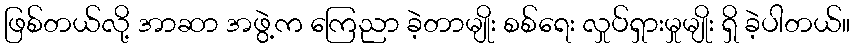
ဖြစ်တယ်လို့ အာဆာ အဖွဲ့က ကြေညာ ခဲ့တာမျိုး စစ်ရေး လှုပ်ရှားမှုမျိုး ရှိ ခဲ့ပါတယ်။